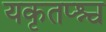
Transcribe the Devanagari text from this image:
यकृतप्श्च